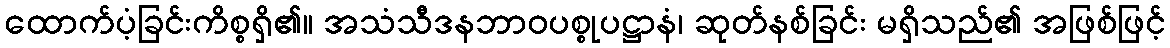
ထောက်ပံ့ခြင်းကိစ္စရှိ၏။ အသံသီဒနဘာဝပစ္စုပဋ္ဌာနံ၊ ဆုတ်နစ်ခြင်း မရှိသည်၏ အဖြစ်ဖြင့်